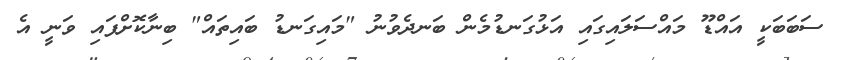
ސަބަބަކީ އައްޑޫ މައްސަލައިގައި އަޅުގަނޑުމެން ބަނދެވުނު "މައިގަނޑު ބައިތައް" ބިނާކޮށްފައި ވަނީ އެ